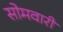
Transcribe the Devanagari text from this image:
सोमवारीं